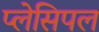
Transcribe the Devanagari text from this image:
प्लेसिपल